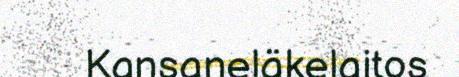
Kansaneläkelaitos